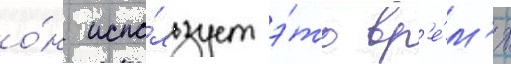
о́н испо́льзует э́то вр'е́м'я